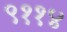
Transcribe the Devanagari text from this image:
९११४